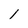
Character: 1